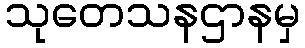
သုတေသနဌာနမှ